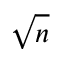
\sqrt { n }